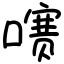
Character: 㗷